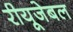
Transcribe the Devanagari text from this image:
रीयूजेबल